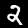
Digit: 2